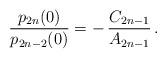
LaTeX: \begin{align*}\frac{p_{2n}(0)}{p_{2n-2}(0)}=-\,\frac{C_{2n-1}}{A_{2n-1}}\,.\end{align*}